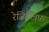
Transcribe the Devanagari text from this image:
रेजिन्लिफ